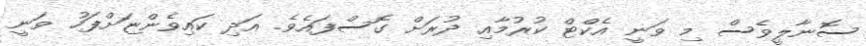
ސޮނާލީވެސް މި ވަނީ އެކްޓް ކުރުމާއި ދުރަށް ގޮސްފައެވެ. އަދި ކައިވެންޏަށްފަހު ވަނީ